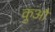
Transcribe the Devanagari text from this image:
कुऔ